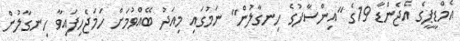
އެމްޑީޕީގެ އެޖެންޑާ 19ގެ "އިންސާފުގެ ހިނގާލުން" ނަމުގައި މިއަދު ބޭއްވުމަށް ހަމަޖެހިފައިވާ ހިނގާލުން